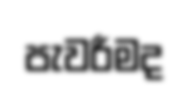
පැවරීමද